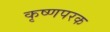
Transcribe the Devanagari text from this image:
कृष्णपरक